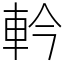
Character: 軡